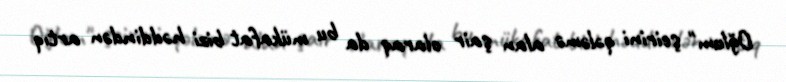
Oğlum" şeirini qələmə alan şair olaraq da bu mükafat bizi həddindən artıq